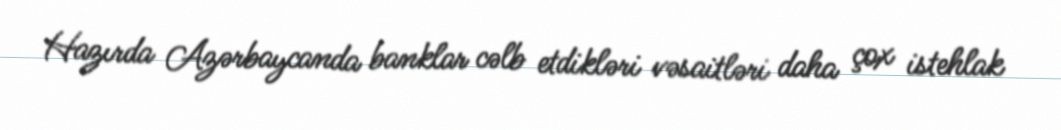
Hazırda Azərbaycanda banklar cəlb etdikləri vəsaitləri daha çox istehlak